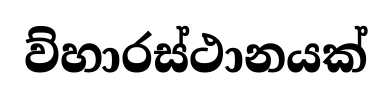
ව්හාරස්ථානයක්